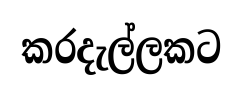
කරදැල්ලකට